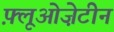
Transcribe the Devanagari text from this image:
फ़्लूओज़ेटीन